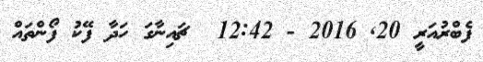
ފެބްރުއަރީ 20